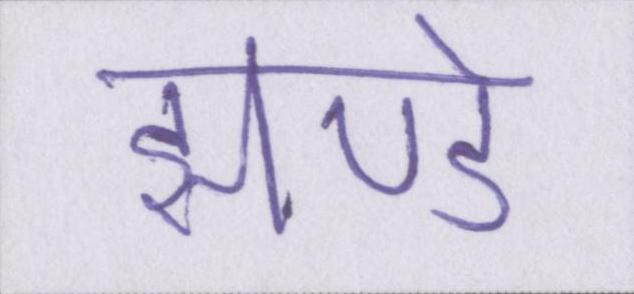
झण्डे